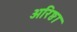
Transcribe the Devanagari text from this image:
अरिष्ठा